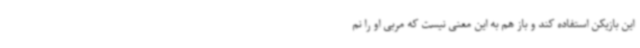
این بازیکن استفاده کند و باز هم به این معنی نیست که مربی او را نم